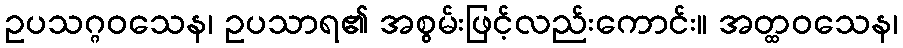
ဥပသဂ္ဂဝသေန၊ ဥပသာရ၏ အစွမ်းဖြင့်လည်းကောင်း။ အတ္ထဝသေန၊